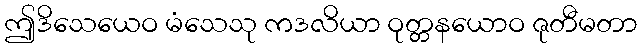
ဤဒိသေယေဝ မံသေသု ကဒလိယာ ဝုတ္တနယောဝ ဇုတီမတာ